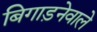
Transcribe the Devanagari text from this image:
बिगाड़नेवाले